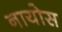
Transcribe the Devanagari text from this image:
नायोस